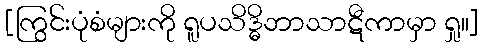
[ကြွင်းပုံစံများကို ရူပသိဒ္ဓိဘာသာဋီကာမှာ ရှု။]